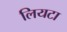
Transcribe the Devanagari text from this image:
लियटा